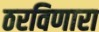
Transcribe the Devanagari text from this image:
ठरविणारा